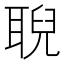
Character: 聣